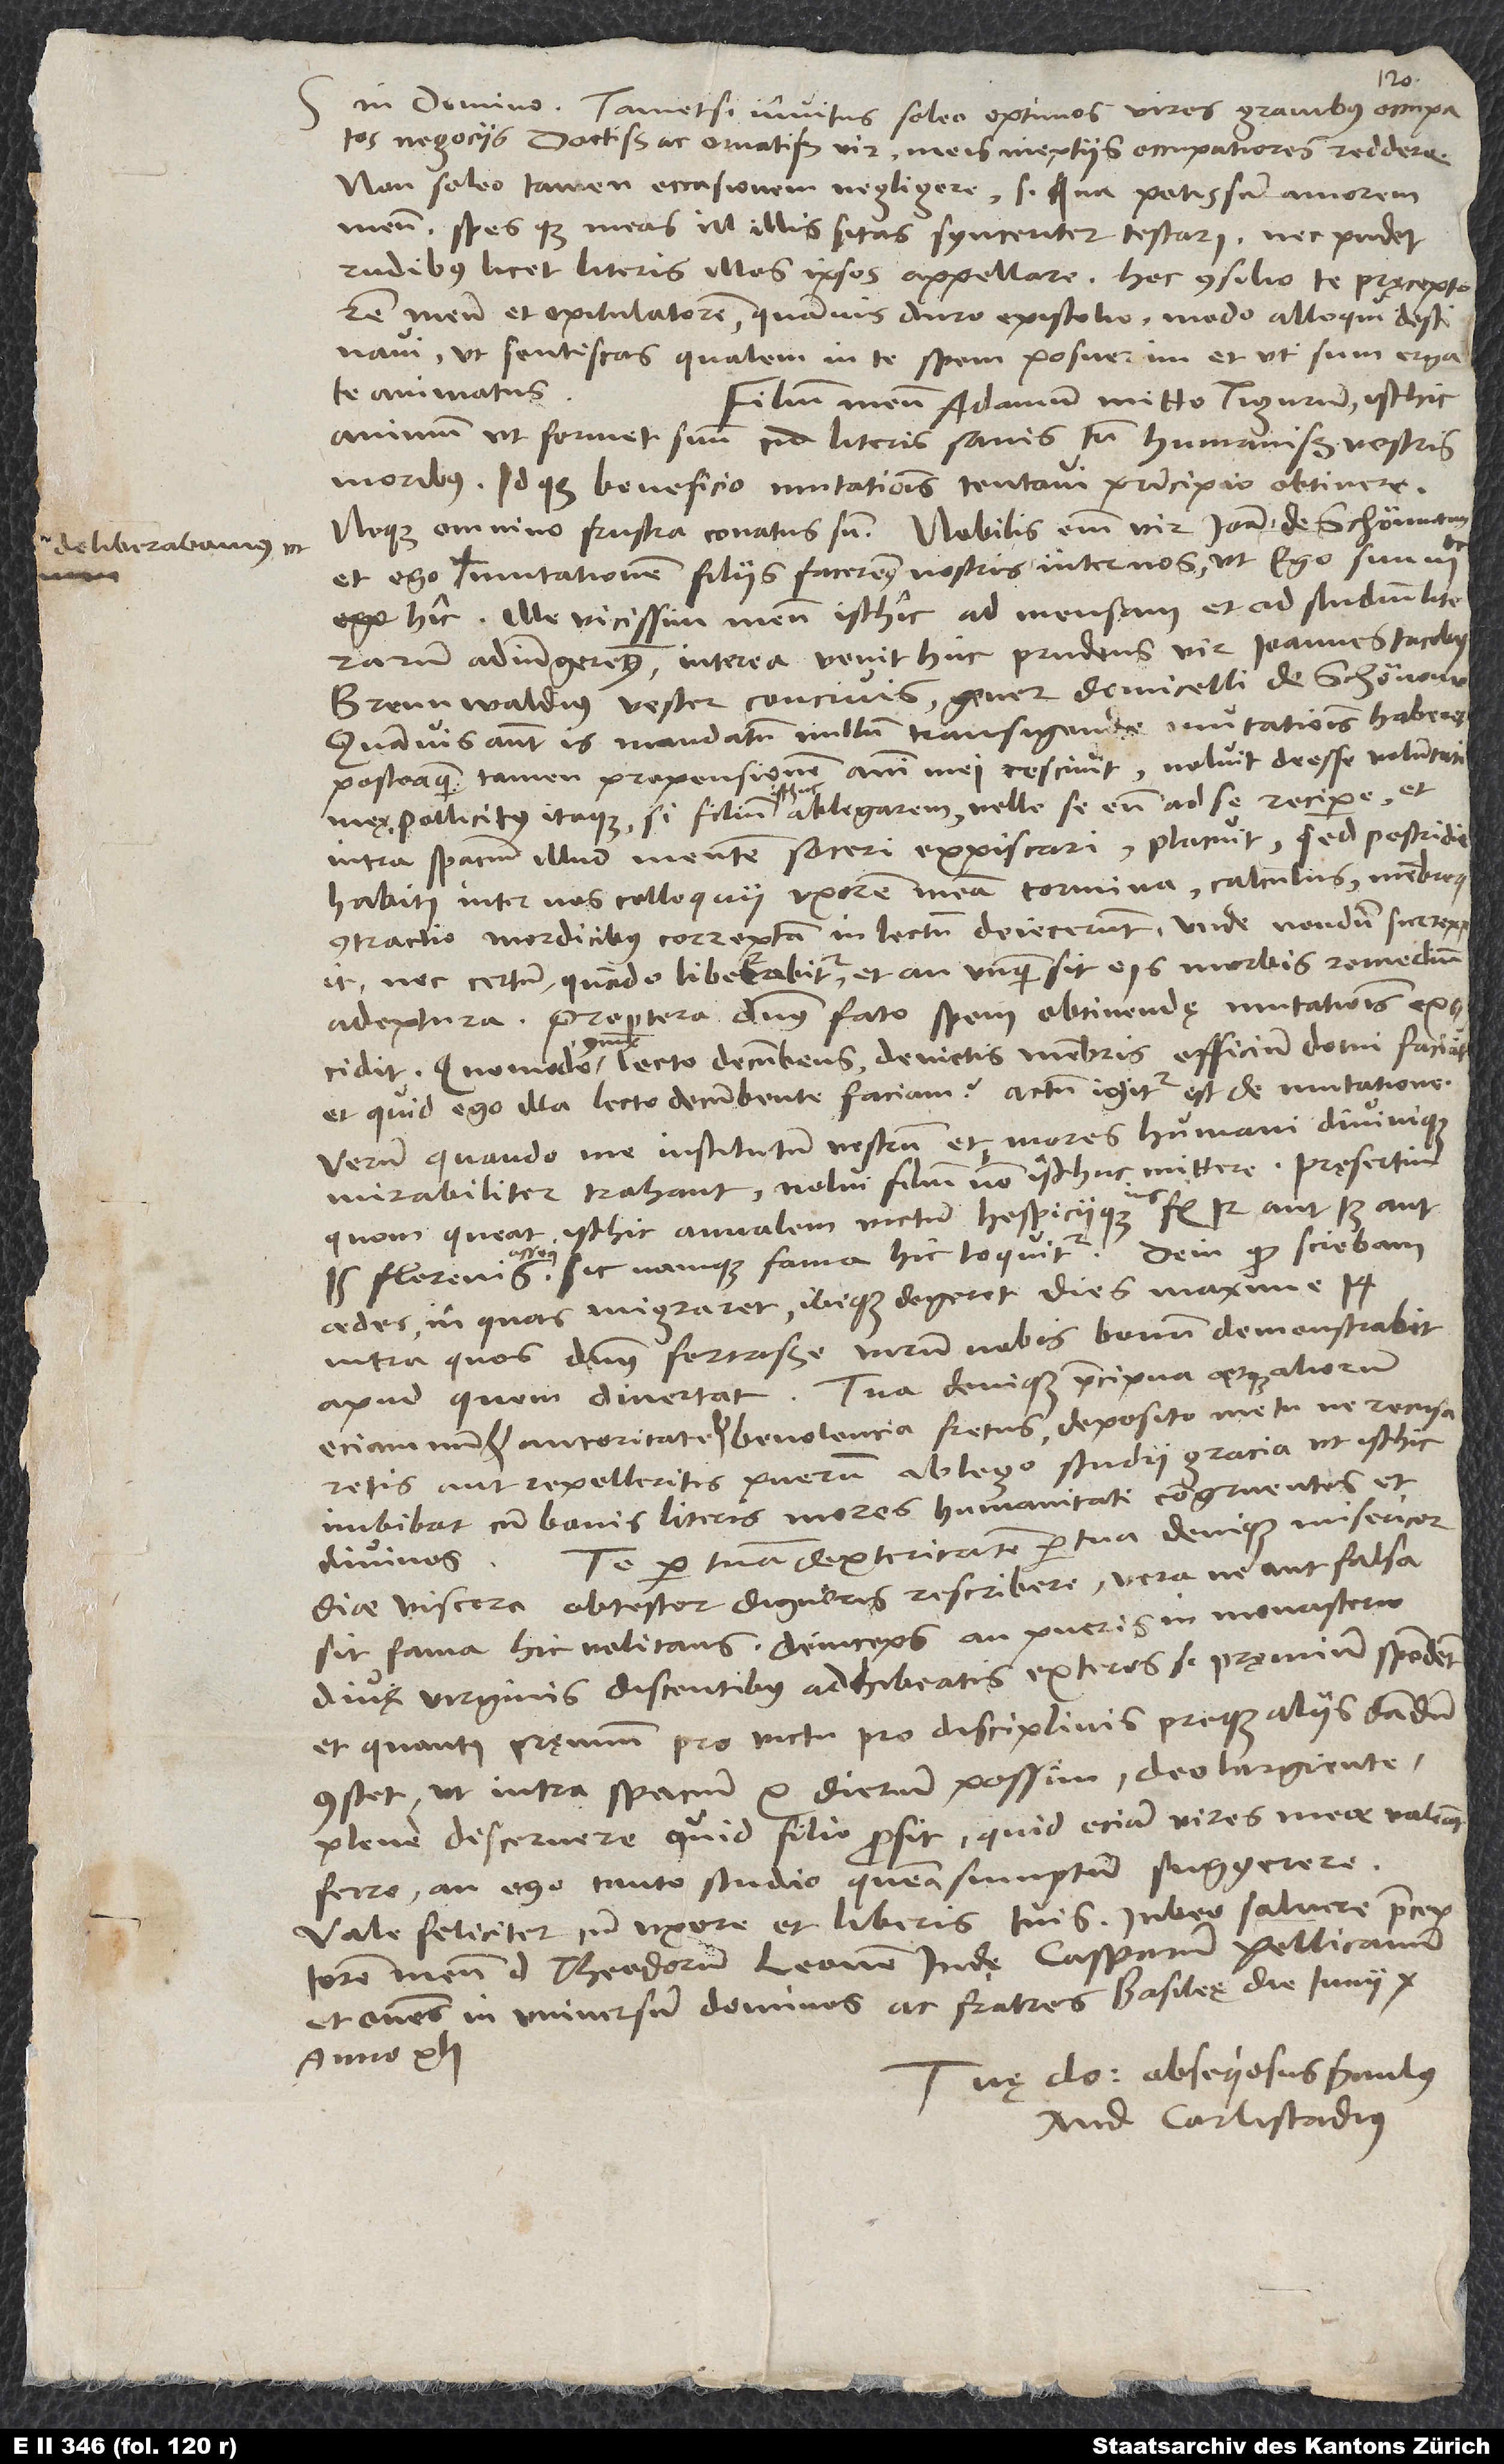
deliberabamus, ut

S.

10.
in domino. Tametsi invitus soleo optimos viros gravibus occupatos
negociis, doctissime ac ornatissime vir, meis ineptiis occupatiores reddere,
non soleo tamen occasionem negligere, si qua possum amorem
meum spesque meas in illis sitas synceriter testari, nec pudet
rudibus licet literis illos ipsos appellare. Hoc consilio te, pręceptorem
opitulatorem, quamvis duro epistolio modo alloqui destinavi,
ut sentiscas, qualem in te spem posuerim et ut sum erga
te animatus.
Filium meum Adamum mitto Tigurum, isthic
animum ut formet suum cum literis sanis tum humanissimis vestris
moribus. Idque beneficio mutationis tentavi principio obtinere,
neque omnino frustra conatus sum. Nobilis enim vir Ioannes de Schön et
mutationem filiis faceremus nostris inter nos, ut ego suum
hic, ille vicissim meum isthic ad mensam et ad studium literarum
adiungeremus. Interea venit huc prudens vir Ioannes Iacobus
Brennwaldius, vester concivis, gener domicelli de Schönow.
Quamvis autem is mandatum nullum transigendae mutationis haberet,
posteaquam tamen propensionem animi mei rescivit, noluit deesse voluntati
meę, pollicitus itaque, si filium isthuc ablegarem, velle se eum ad se recipere et
intra spacium illud mentem soceri expiscari. Placuit; sed postridie
habiti inter nos colloquii uxorem meam tormina, calculus, membrorum
contractio mordicitus correptam in lectum deiecerunt, unde nondum surrexit,
nec certum, quando liberabitur et an unquam sit eis morbis remedium
adeptura. Propterea dominus fato spem obtinendę mutationis excidit.
et quid ego illa lecto decumbente faciam? Actum igitur est de mutatione.
Verum quando me institutum vestrum et mores humani divinique
mirabiliter trahant, nolui filium non isthuc mittere, pręsertim,
quom queat isthic annalem victum hospiciique ius fl 12 aut 13 aut
15 florenis assequi - sic namque fama hic loquitur -, dein, quod sciebam
aedes, in quas migraret ibique degeret dies maxime 14,
intra quos dominus fortasse virum nobis bonum demonstrabit,
apud quem divertat. Tua denique praecipua atque aliorum
eciamnum et autoritate et benevolencia fretus deposito metu, ne recusaretis
aut repelleretis, puerum ablego studii gracia, ut isthic
imbibat cum bonis literis mores humanitati congruentes et
Te per tuam dexteritatem, per tua denique misericordiae
divinos.
viscera obtestor, digneris rescribere, vera ne aut falsa
sit fama hic volitans, deinceps, an pueris in monasterio
divę virginis discentibus adhibeatis exteros, si pręmium spondent,
et quanti pręmium pro victu, pro disciplinis proque aliis dandum
constet, ut intra spacium 10 dierum possim deo largiente
plene discernere, quid filio prosit, quid eciam vires meae valeant
ferre, an ego tanto studio queam sumptum suggerere.
Vale feliciter cum uxore et liberis tuis. Iubeo salvere praeceptorem
meum d. Theodorum, Leonem Iudę, Casparum, Pellicanum
et omnes in universum dominos ac fratres. Basileę, die iunii
anno 41.
Tuę do obsequiosus servulus
And. Carlistadius.